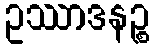
ဥဿာဒနဉ္စ